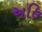
અહિ